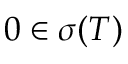
0 \in \sigma ( T )